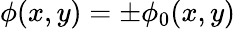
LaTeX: \phi(x,y)=\pm{\phi}_{0}(x,y)